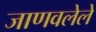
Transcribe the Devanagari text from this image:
जाणवलेले